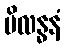
ပိလန္ဓနံ